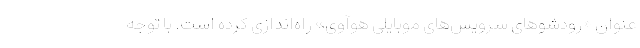
عنوان «رودشوهای سرویس‌های موبایلی هوآوی» راه‌اندازی کرده است. با توجه